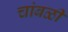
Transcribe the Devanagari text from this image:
चांबळी